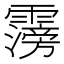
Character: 霶